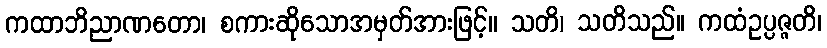
ကထာဘိညာဏတော၊ စကားဆိုသောအမှတ်အားဖြင့်။ သတိ၊ သတိသည်။ ကထံဥပ္ပဇ္ဇတိ၊